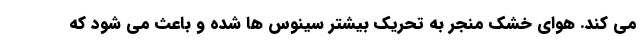
می کند. هوای خشک منجر به تحریک بیشتر سینوس ها شده و باعث می شود که